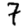
Digit: 7